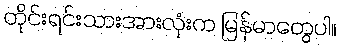
တိုင်းရင်းသားအားလုံးက မြန်မာတွေပါ။